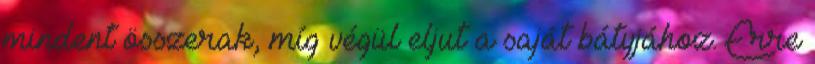
mindent összerak, míg végül eljut a saját bátyjához. Erre